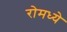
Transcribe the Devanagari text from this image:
रोमध्ये